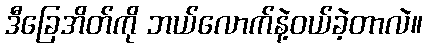
ဒီခြေအိတ်ကို ဘယ်လောက်နဲ့ဝယ်ခဲ့တာလဲ။